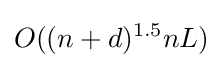
O((n+d)^{1.5}nL)